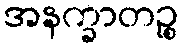
အနက္ခာတဉ္စ